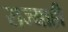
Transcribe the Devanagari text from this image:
राज्याही